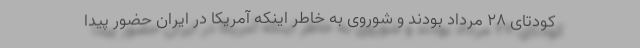
كودتای 28 مرداد بودند و شوروی به خاطر اینكه آمریكا در ایران حضور پیدا